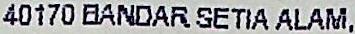
40170 BANDAR SETIA ALAM,